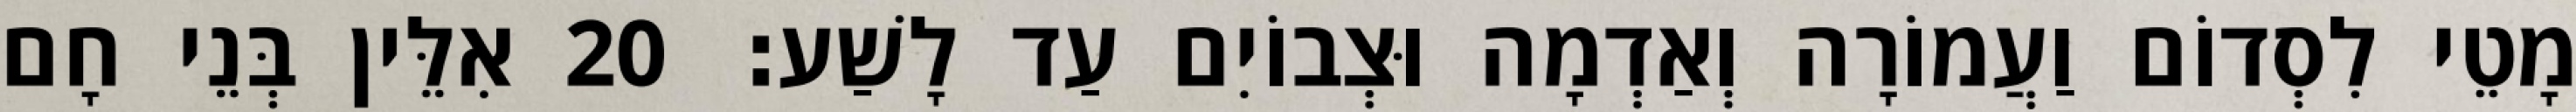
מָטֵי לִסְדוֹם וַעֲמוֹרָה וְאַדְמָה וּצְבוֹיִם עַד לָשַׁע׃ 20 אִלֵּין בְּנֵי חָם